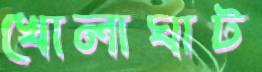
খোলাঘাট